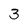
Character: 3